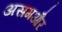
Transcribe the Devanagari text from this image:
असमऔर